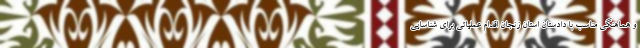
و هماهنگی مناسب با دادستان استان زنجان اقدام عملیاتی برای شناسایی